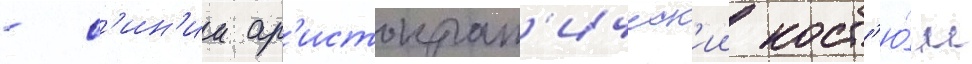
- с'ин'ии ар'истократ'ическ'ии кост'ю́м